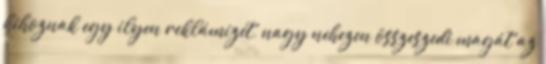
kihoznak egy ilyen reklámizét, nagy nehezen összeszedi magát az